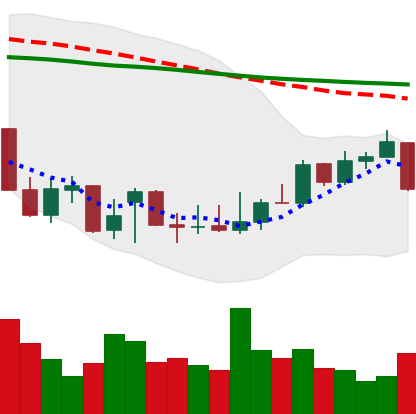
Ticker: XLM-USD
Chart end date: 2021-12-28
Forward return: 6.238%
Label: up_5_7